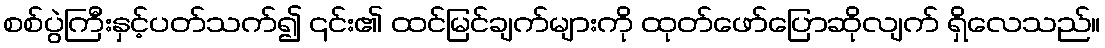
စစ်ပွဲကြီးနှင့်ပတ်သက်၍ ၎င်း၏ ထင်မြင်ချက်များကို ထုတ်ဖော်ပြောဆိုလျက် ရှိလေသည်။